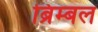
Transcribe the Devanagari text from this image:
ब्रिम्बल